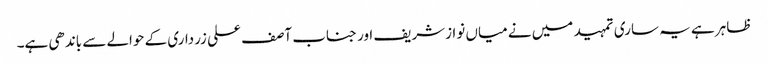
ظاہر ہے یہ ساری تمہید میں نے میاں نوازشریف اور جناب آصف علی زرداری کے حوالے سے باندھی ہے۔